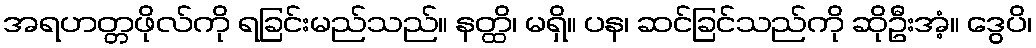
အရဟတ္တဖိုလ်ကို ရခြင်းမည်သည်။ နတ္ထိ၊ မရှိ။ ပန၊ ဆင်ခြင်သည်ကို ဆိုဦးအံ့။ ဒွေပိ၊